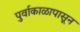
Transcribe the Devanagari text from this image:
पुर्वाकाळापासून